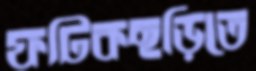
ফটিকছড়িতে